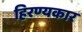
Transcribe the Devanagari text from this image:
हिरण्यकार